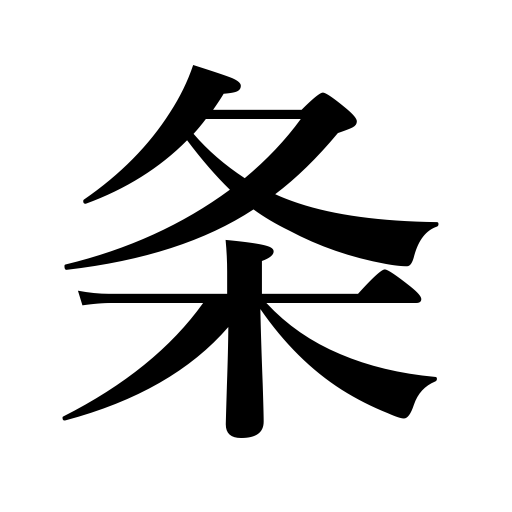
Meanings: ray of light,column of smoke,line,article,item,streak,stripe,clause